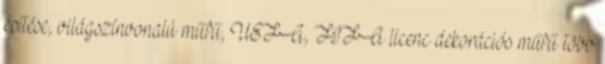
építése, világszínvonalú műfű, UEFA, FIFA licenc dekorációs műfű több